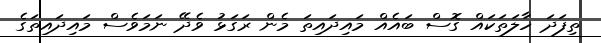
ތިފަދަ ހާލަތަކައް ގޮސް ބައެއް މައިދައިތަ މެން ރަގަޅު ވެދޭ ނަމަވެސް މައިދައިތަގެ